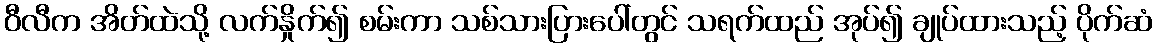
ဝီလီက အိတ်ထဲသို့ လက်နှိုက်၍ စမ်းကာ သစ်သားပြားပေါ်တွင် သရက်ထည် အုပ်၍ ချုပ်ထားသည့် ပိုက်ဆံ